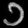
Digit: ၁